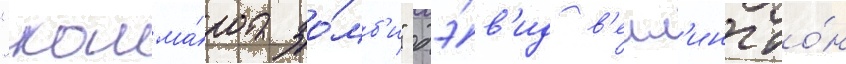
"кошма́ра зо́мб'и" дэ́в'ид в'елл'ингто́н